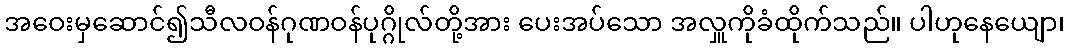
အဝေးမှဆောင်၍သီလဝန်ဂုဏဝန်ပုဂ္ဂိုလ်တို့အား ပေးအပ်သော အလှူကိုခံထိုက်သည်။ ပါဟုနေယျော၊